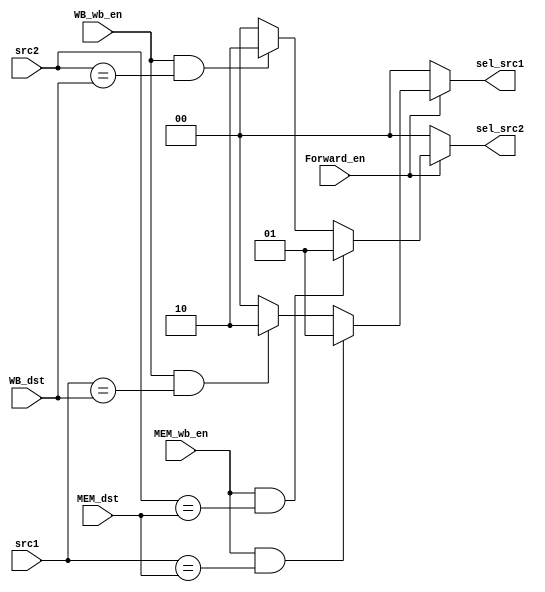
`timescale 1ns/1ns
module Forwarding_Unit(
    MEM_wb_en, 
    WB_wb_en, 
    Forward_en,
    src1, 
    src2, 
    MEM_dst, 
    WB_dst,
    sel_src1, 
    sel_src2
);
    input MEM_wb_en, WB_wb_en, Forward_en;
    input[3:0] src1, src2, MEM_dst, WB_dst;
    output reg[1:0] sel_src1, sel_src2;

    always @(*) begin
        {sel_src1, sel_src2} = 4'b0;
        if (Forward_en == 1'b1) begin 
            if ((MEM_wb_en == 1'b1) && (src1 == MEM_dst)) 
                sel_src1 = 2'b01;
            else if ((WB_wb_en == 1'b1) && (src1 == WB_dst))
                sel_src1 = 2'b10;

            if ((MEM_wb_en == 1'b1) && (src2 == MEM_dst)) 
                sel_src2 = 2'b01;
            else if ((WB_wb_en == 1'b1) && (src2 == WB_dst))
                sel_src2 = 2'b10;
        end      
    end

endmodule